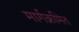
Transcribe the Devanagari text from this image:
मार्गक्रमित